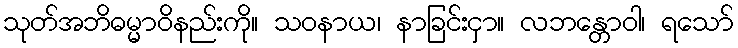
သုတ်အဘိဓမ္မာဝိနည်းကို။ သဝနာယ၊ နာခြင်းငှာ။ လဘန္တောဝါ၊ ရသော်